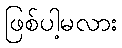
ဖြစ်ပါ့မလား